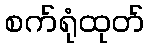
စက်ရုံထုတ်